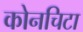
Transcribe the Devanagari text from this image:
कोनचिटा